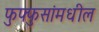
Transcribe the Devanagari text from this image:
फुफ्फुसांमधील